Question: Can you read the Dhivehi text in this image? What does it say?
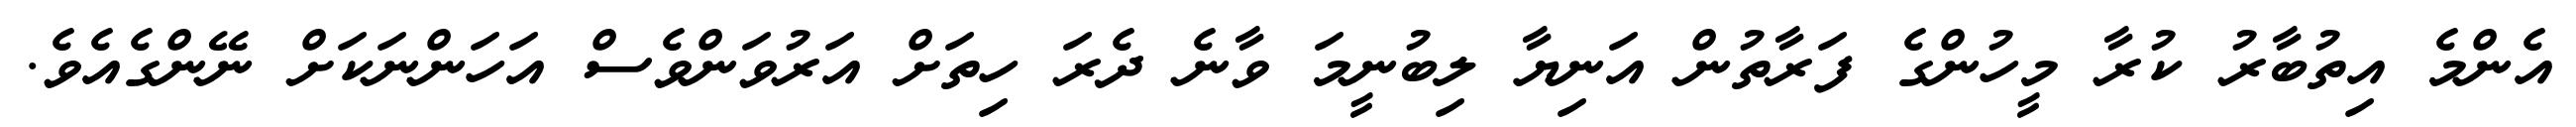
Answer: އެންމެ އިތުބާރު ކުރާ މީހުންގެ ފަރާތުން އަނިޔާ ލިބުނީމަ ވާނެ ދެރަ ހިތަށް އަރުވަންވެސް އަހަންނަކަށް ނޭންގެއެވެ.